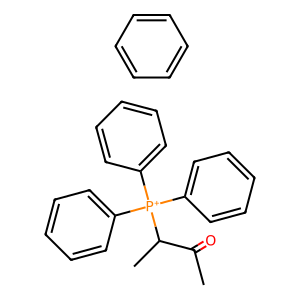
SMILES: CC(=O)C(C)[P+](c1ccccc1)(c1ccccc1)c1ccccc1.c1ccccc1
Inhibits HIV replication: No